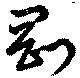
剛